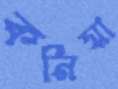
কর্নিয়া